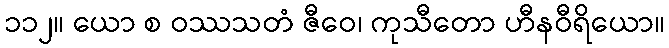
၁၁၂။ ယော စ ဝဿသတံ ဇီဝေ၊ ကုသီတော ဟီနဝီရိယော။